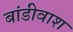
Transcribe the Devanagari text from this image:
बांडीवाश